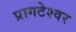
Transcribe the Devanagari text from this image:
प्रागटेश्वर